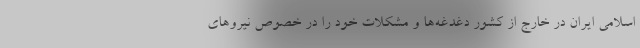
اسلامی ایران در خارج از کشور دغدغه‌ها و مشکلات خود را در خصوص نیروهای